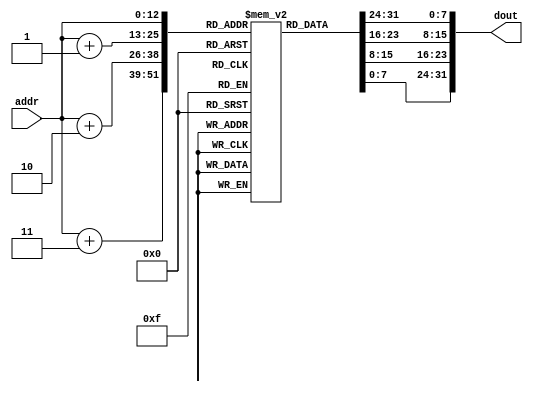
module im_1k(addr, dout);
  input [12:0] addr;   // address bus
  output [31:0] dout; // 32-bit memory output
  reg [7:0] im[8191:0];
  
  assign dout = {im[addr], im[addr+1], im[addr+2], im[addr+3]};
    
endmodule